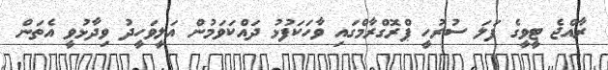
ރާއްޖެ ޓީވީގެ ފަލަ ސުރުހީ ޕްރޮގްރާމްގައި ވާހަކަފުޅު ދައްކަވަމުން އަލީވަހީދު ވިދާޅުވީ އެތަން